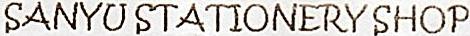
SANYU STATIONERY SHOP